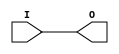
module IBUF_AGP (O, I);

    output O;

    input  I;

	buf B1 (O, I);


endmodule